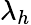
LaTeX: \lambda_{h}